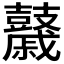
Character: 𪔯